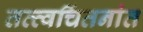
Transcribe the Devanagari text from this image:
तत्त्वचिंतनांत